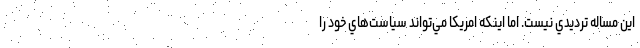
اين مساله ترديدي نيست. اما اينكه امريكا مي‌تواند سياست‌هاي خود را